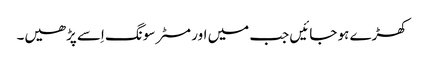
کھڑے ہو جائیں جب میں اور مسٹر سونگ اِسے پڑھیں۔